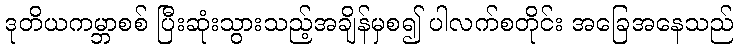
ဒုတိယကမ္ဘာစစ် ပြီးဆုံးသွားသည့်အချိန်မှစ၍ ပါလက်စတိုင်း အခြေအနေသည်